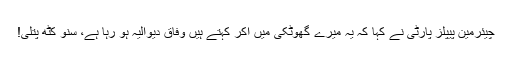
چیئرمین پیپلز پارٹی نے کہا کہ یہ میرے گھوٹکی میں آکر کہتے ہیں وفاق دیوالیہ ہو رہا ہے، سنو کٹھ پتلی!